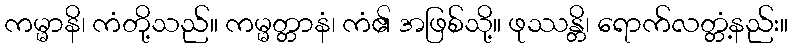
ကမ္မာနိ၊ ကံတို့သည်။ ကမ္မတ္တာနံ၊ ကံ၏ အဖြစ်သို့။ ဖုဿန္တိ၊ ရောက်လတ္တံ့နည်း။